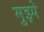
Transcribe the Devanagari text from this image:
मुझ्पे